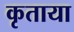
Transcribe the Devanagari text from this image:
कृताया